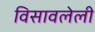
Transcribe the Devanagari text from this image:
विसावलेली